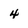
Character: 4